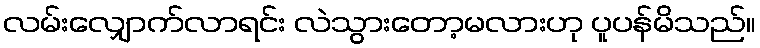
လမ်းလျှောက်လာရင်း လဲသွားတော့မလားဟု ပူပန်မိသည်။